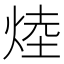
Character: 𪸷